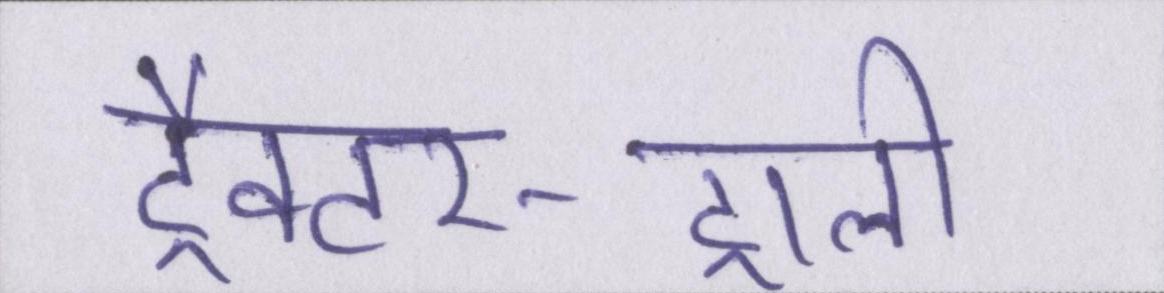
ट्रैक्टर-ट्राली